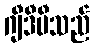
ဂျီဒီပီသည်